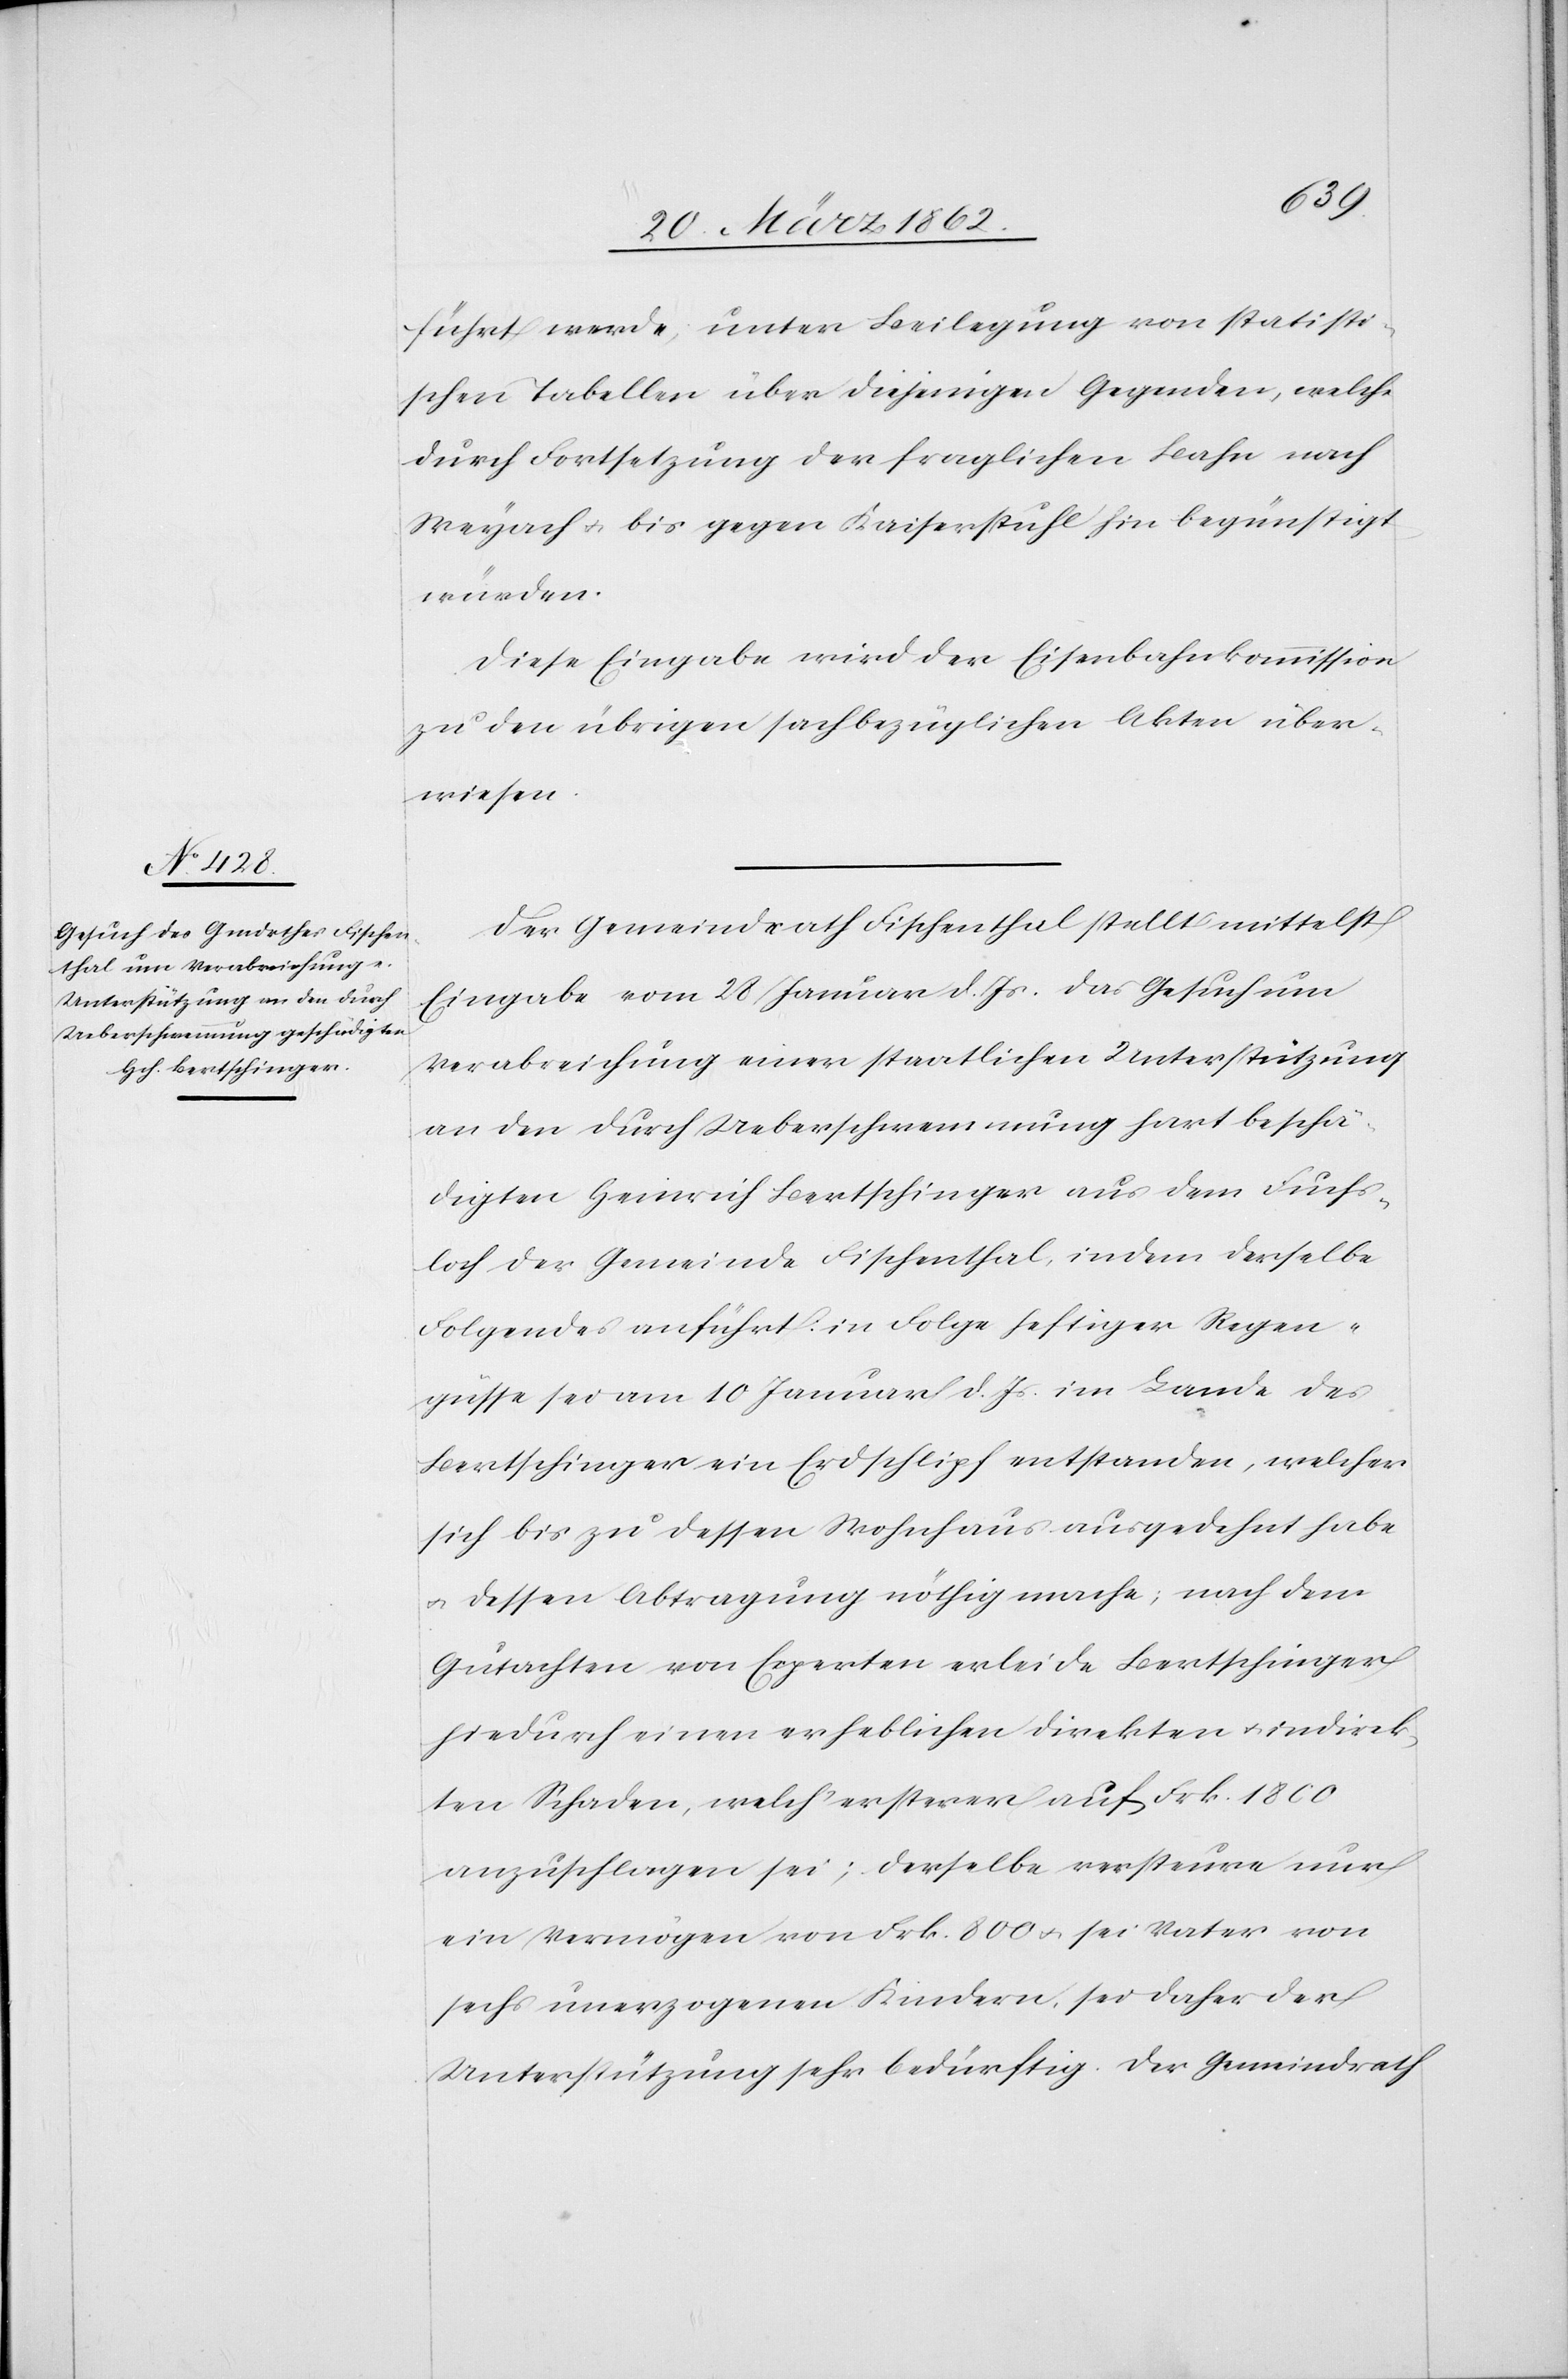
führt werde, unter Beilegung von statisti¬
schen Tabellen über diejenigen Gegenden, welche
durch Fortsetzung der fraglichen Bahn nach
Weyach u. bis gegen Kaiserstuhl hin begünstigt
würden.
Diese Eingabe wird der Eisenbahnkommission
zu den übrigen sachbezüglichen Akten über¬
wiesen.
Der Gemeindrath Fischenthal stellt mittelst
Eingabe vom 28 Januar d. Js. das Gesuch um
Verabreichung einer staatlichen Unterstützung
an den durch Ueberschwemmung hart beschä¬
digten Heinrich Bertschinger aus dem Fuchs¬
loch der Gemeinde Fischenthal, indem derselbe
Folgendes anführt: in Folge heftiger Regen¬
güsse sei am 10 Januar d. Js. im Lande des
Bertschinger ein Erdschlipf entstanden, welcher
sich bis zu dessen Wohnhaus ausgedehnt habe
u. dessen Abtragung nöthig mache; nach dem
Gutachten von Experten erleide Bertschinger
hiedurch einen erheblichen direkten u. indirek¬
ten Schaden, welch‘ ersterer auf Frk. 1800
anzuschlagen sei; derselbe versteuere nur
ein Vermögen von Frk. 800 u. sei Vater von
sechs unerzogenen Kindern, sei daher der
Unterstützung sehr bedürftig. Der Gemeindrath